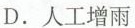
D. 人工增雨